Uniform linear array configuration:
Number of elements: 16
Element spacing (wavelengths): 0.25
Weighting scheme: uniform
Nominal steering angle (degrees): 30
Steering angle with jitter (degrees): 29.519
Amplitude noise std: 0.05
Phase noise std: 0.05

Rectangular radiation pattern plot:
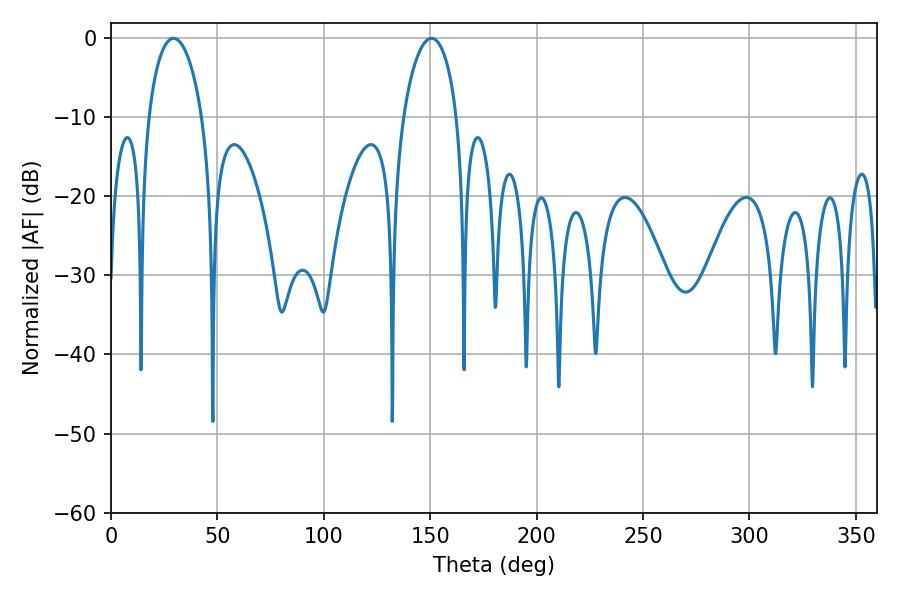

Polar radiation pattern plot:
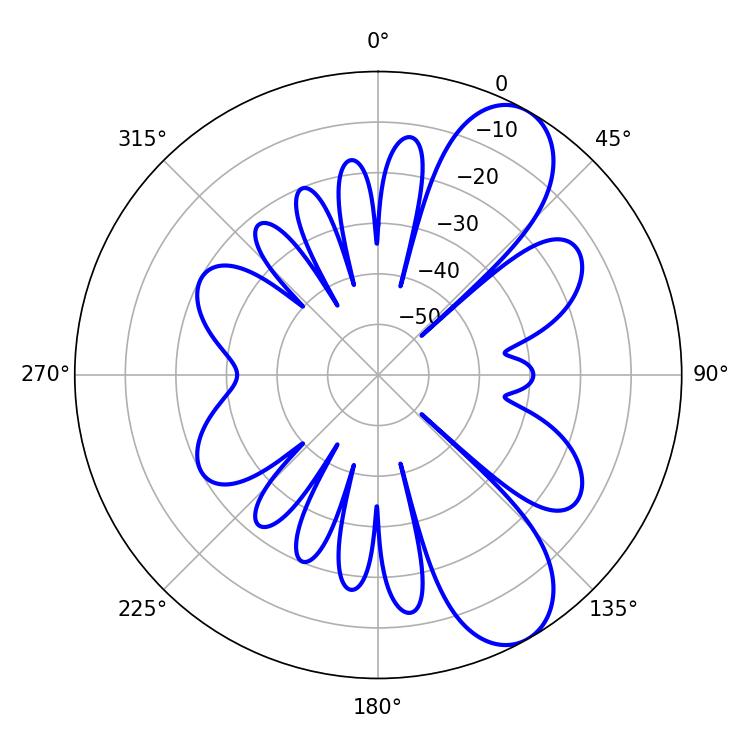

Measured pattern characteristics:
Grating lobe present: FALSE
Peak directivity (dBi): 8.679
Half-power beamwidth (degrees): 14.4
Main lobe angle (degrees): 29.34